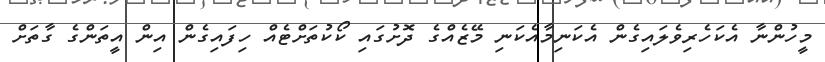
މީހުންނާ އެކަހެރިވެލައިގެން އެކަނިމާއެކަނި މޭޒެއްގެ ދޮށުގައި ކޯކުތަށްޓެއް ހިފައިގެން އިން އީތަންގެ ގާތަށް